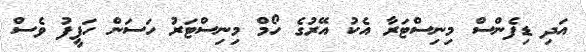
އަދި ޑިފެންސް މިނިސްޓަރާ އެކު އޭރުގެ ހޯމް މިނިސްޓަރު ހަސަން ހަފީފު ވެސް